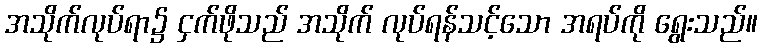
အသိုက်လုပ်ရာ၌ ငှက်ဖိုသည် အသိုက် လုပ်ရန်သင့်သော အရပ်ကို ရွေးသည်။